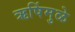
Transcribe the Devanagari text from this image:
ऋषिंमुळे